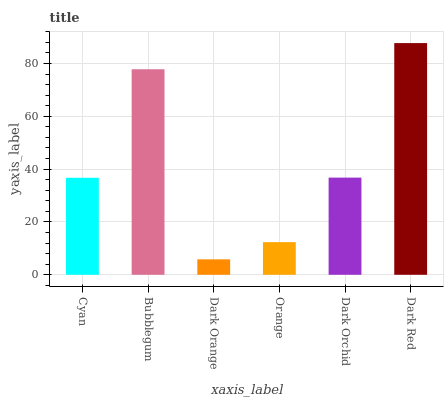
| xaxis_label | bars |
 | --- | --- |
 | Cyan | 36.7 |
 | Bubblegum | 77.8 |
 | Dark Orange | 5.85 |
 | Orange | 12.4 |
 | Dark Orchid | 36.8 |
 | Dark Red | 87.7 |